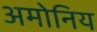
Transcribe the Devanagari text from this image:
अमोनिय